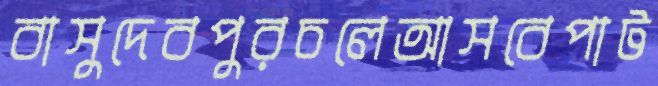
বাসুদেবপুরচলেআসবেপাট